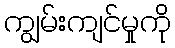
ကျွမ်းကျင်မှုကို